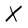
Character: X